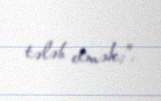
tələb etmək;”.